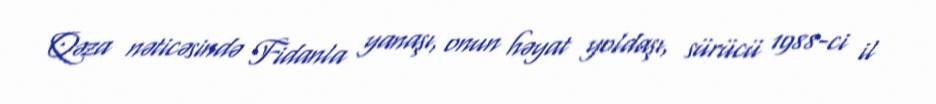
Qəza nəticəsində Fidanla yanaşı, onun həyat yoldaşı, sürücü 1988-ci il